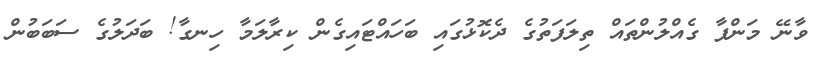
ވާނޭ މަންފާ ގެއްލުންތައް ތިލަފަތުގެ ދެކޮޅުގައި ބަހައްޓައިގެން ކިރާލަމާ ހިނގާ! ބަދަލުގެ ސަބަބުން